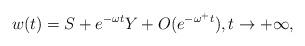
LaTeX: \begin{align*} w(t)=S+e^{-\omega t}Y+O(e^{-\omega^+t}), t\to +\infty,\end{align*}